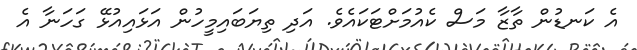
އެ ކަނޑުން ތާޒާ މަސް ކެއުމަށްޓަކައެވެ. އަދި ތިޔަބައިމީހުން އަޅައިއުޅޭ ގަހަނާ އެ